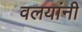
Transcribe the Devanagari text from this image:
वलयांनी